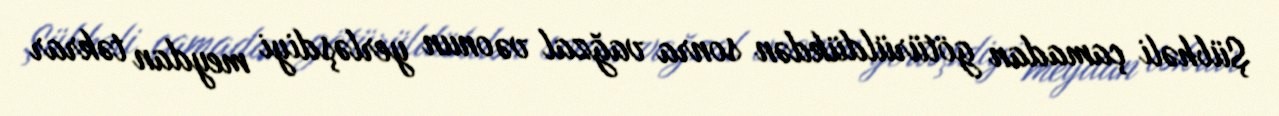
Şübhəli çamadan götürüldükdən sonra vağzal və onun yerləşdiyi meydan təkrar